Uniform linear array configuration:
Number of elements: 32
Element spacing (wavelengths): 0.75
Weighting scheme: cosine
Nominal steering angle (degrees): -15
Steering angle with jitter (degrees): -16.652
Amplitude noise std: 0.05
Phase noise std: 0.05

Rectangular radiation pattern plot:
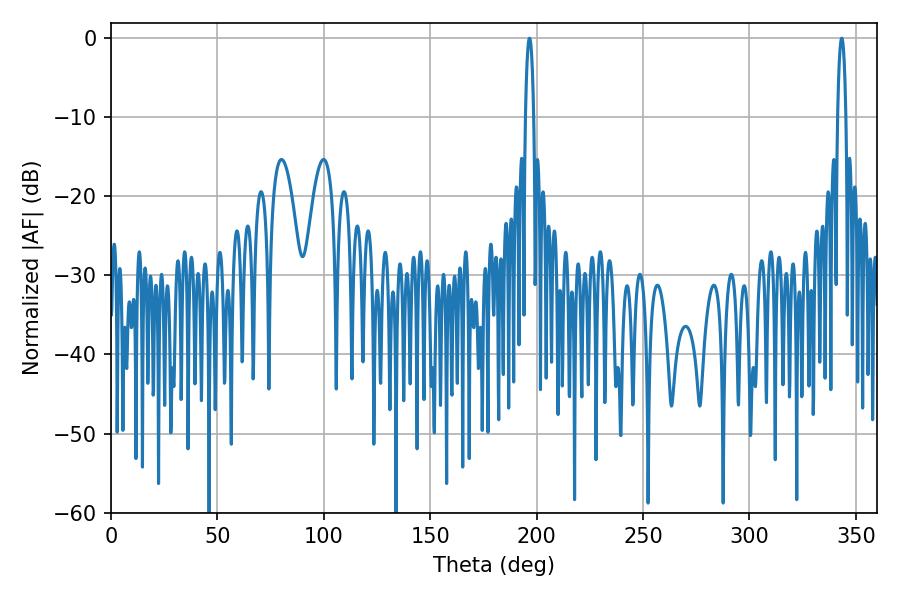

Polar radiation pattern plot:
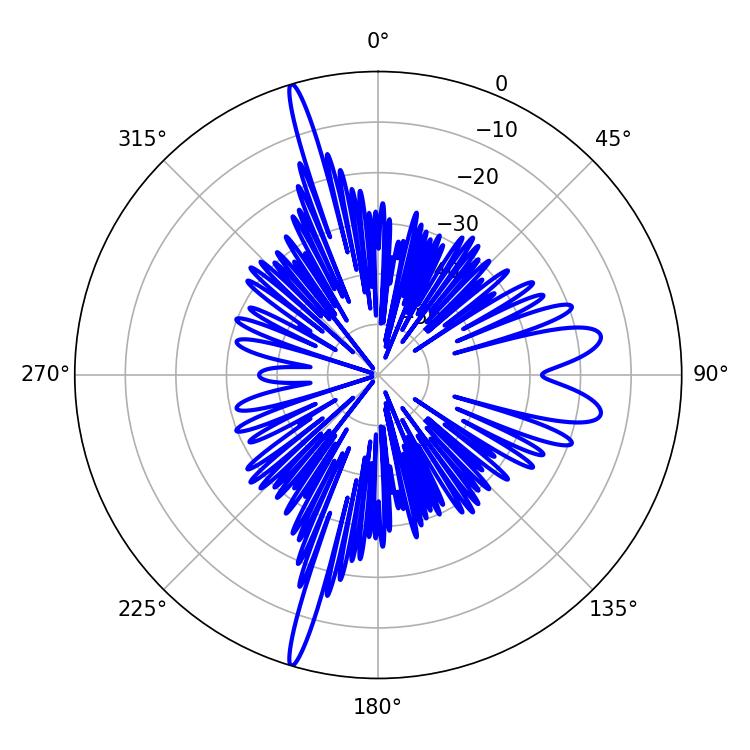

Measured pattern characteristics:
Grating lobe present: TRUE
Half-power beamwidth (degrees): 1.98
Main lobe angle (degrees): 196.56